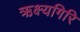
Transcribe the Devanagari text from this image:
ऋक्ष्यगिरि